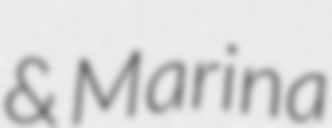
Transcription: & Marina